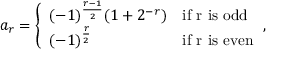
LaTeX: a _ { r } = { \left\{ \begin{array} { l l } { ( - 1 ) ^ { \frac { r - 1 } { 2 } } ( 1 + 2 ^ { - r } ) } & { { \mathrm { i f ~ r ~ i s ~ o d d } } } \\ { ( - 1 ) ^ { \frac { r } { 2 } } } & { { \mathrm { i f ~ r ~ i s ~ e v e n } } } \end{array} \right. } ,